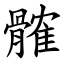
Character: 髉